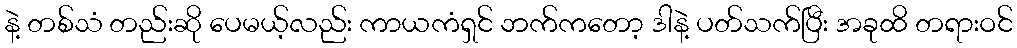
နဲ့ တစ်သံ တည်းဆို ပေမယ့်လည်း ကာယကံရှင် ဘက်ကတော့ ဒါနဲ့ ပတ်သက်ပြီး အခုထိ တရားဝင်